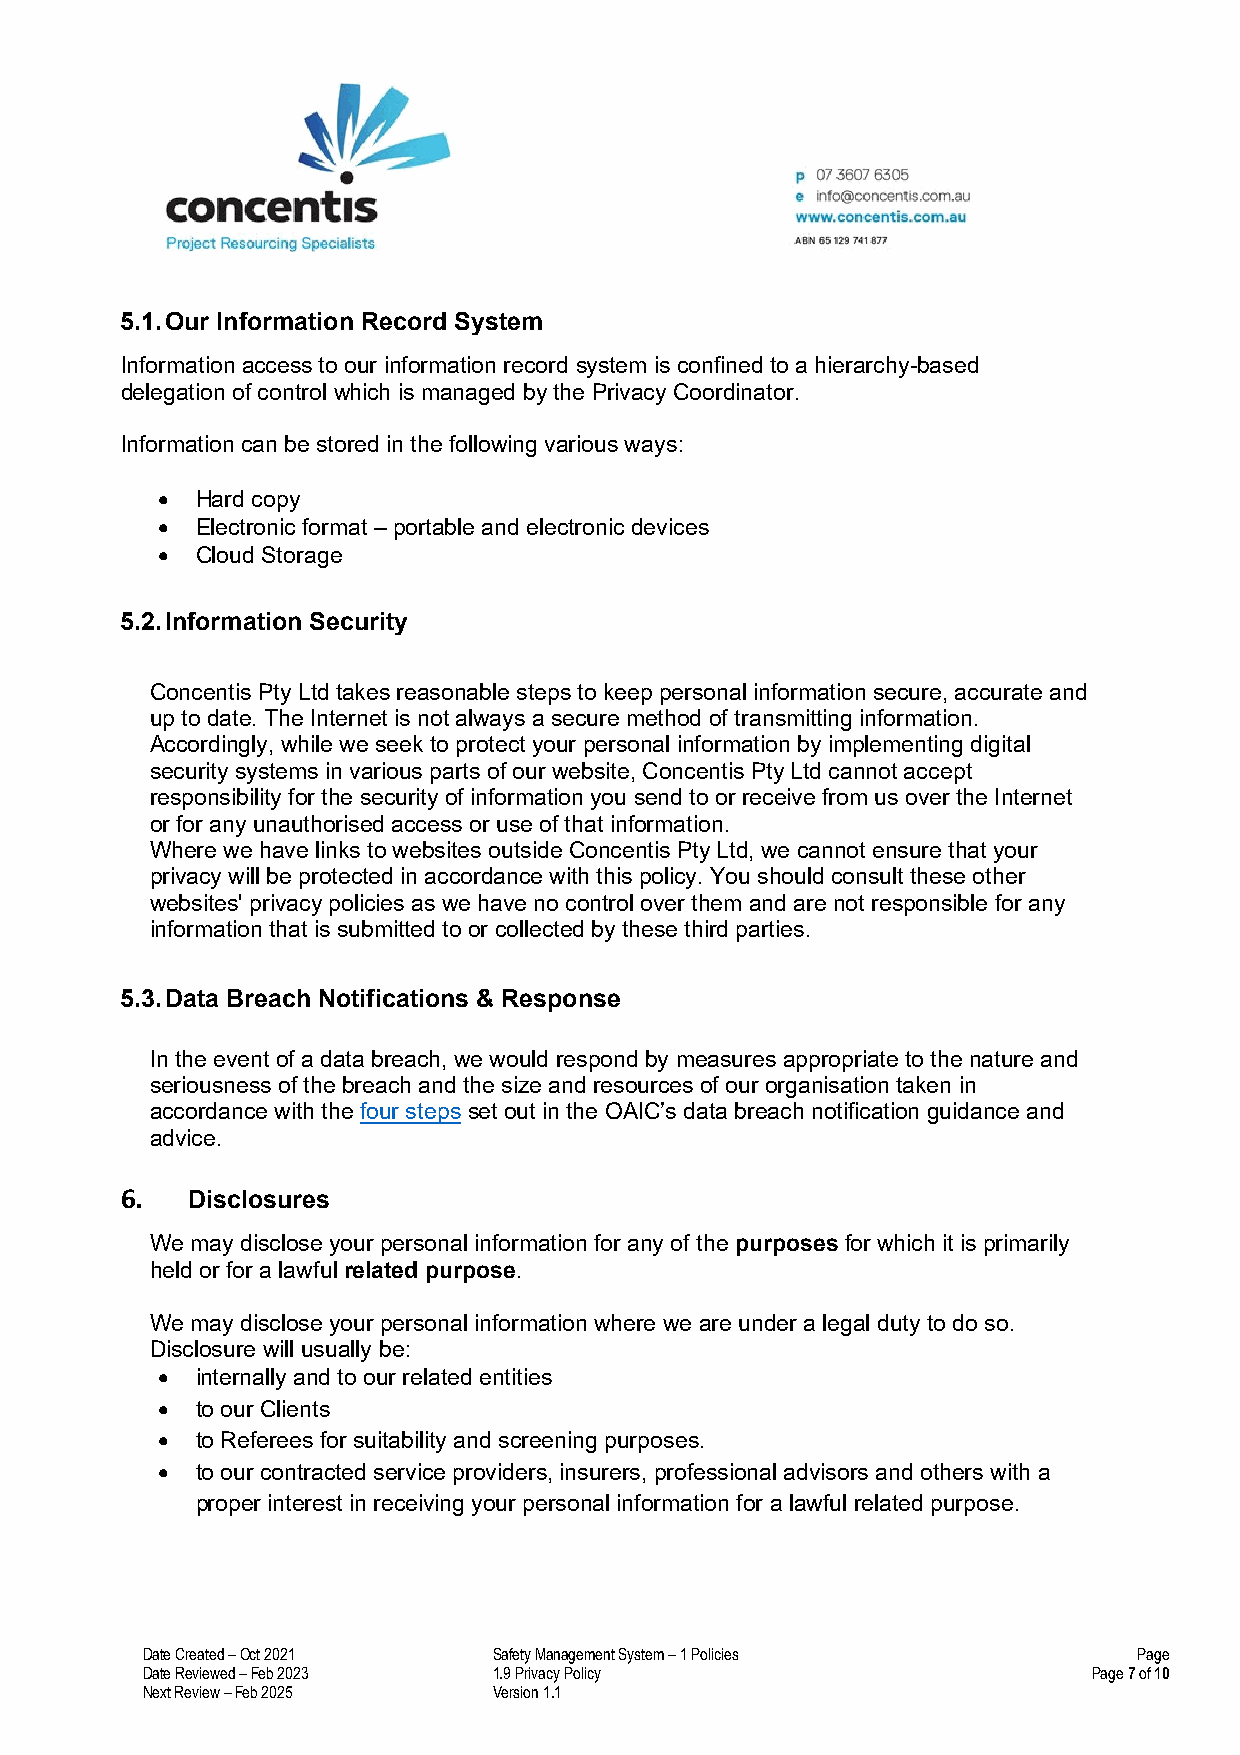
5.1. Our Information Record System
 Information access to our information record system is confined to a hierarchy-based
 delegation of control which is managed by the Privacy Coordinator.
 Information can be stored in the following various ways:
 •  Hard copy
 •  Electronic format – portable and electronic devices
 •  Cloud Storage
 5.2. Information Security
 Concentis Pty Ltd takes reasonable steps to keep personal information secure, accurate and
 up to date. The Internet is not always a secure method of transmitting information.
 Accordingly, while we seek to protect your personal information by implementing digital
 security systems in various parts of our website, Concentis Pty Ltd cannot accept
 responsibility for the security of information you send to or receive from us over the Internet
 or for any unauthorised access or use of that information.
 Where we have links to websites outside Concentis Pty Ltd, we cannot ensure that your
 privacy will be protected in accordance with this policy. You should consult these other
 websites' privacy policies as we have no control over them and are not responsible for any
 information that is submitted to or collected by these third parties.
 5.3. Data Breach Notifications & Response
 In the event of a data breach, we would respond by measures appropriate to the nature and
 seriousness of the breach and the size and resources of our organisation taken in
 accordance with the four steps set out in the OAIC’s data breach notification guidance and
 advice.
 6.  Disclosures
 We may disclose your personal information for any of the purposes for which it is primarily
 held or for a lawful related purpose.
 We may disclose your personal information where we are under a legal duty to do so.
 Disclosure will usually be:
 •  internally and to our related entities
 •  to our Clients
 •  to Referees for suitability and screening purposes.
 •  to our contracted service providers, insurers, professional advisors and others with a
 proper interest in receiving your personal information for a lawful related purpose.
 Date Created – Oct 2021 Safety Management System – 1 Policies     Page
 Date Reviewed – Feb 2023 1.9 Privacy Policy                    Page 7 of 10
 Next Review – Feb 2025  Version 1.1